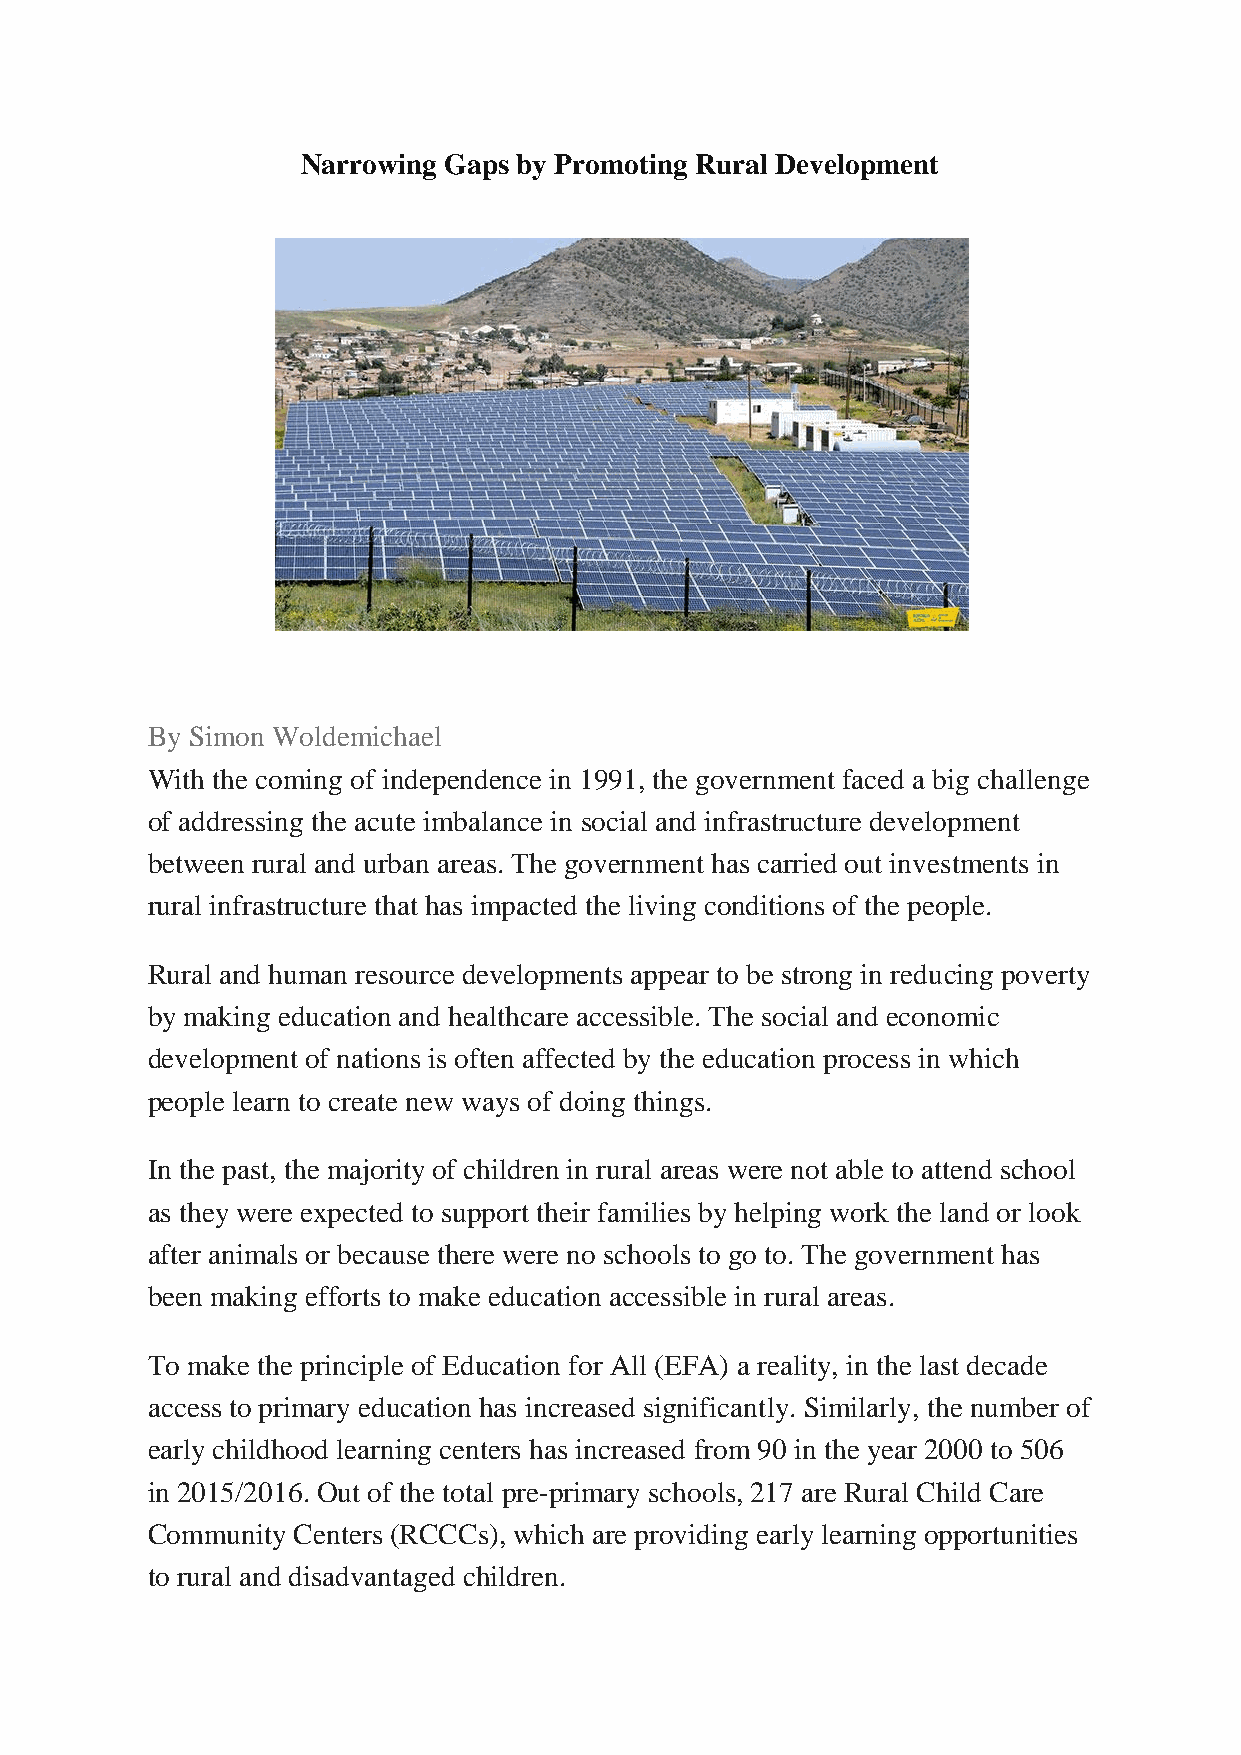
Narrowing Gaps by Promoting Rural Development
 GENERAL
 By Simon Woldemichael
 With the coming of independence in 1991, the government faced a big challenge
 of addressing the acute imbalance in social and infrastructure development
 between rural and urban areas. The government has carried out investments in
 rural infrastructure that has impacted the living conditions of the people.
 Rural and human resource developments appear to be strong in reducing poverty
 by making education and healthcare accessible. The social and economic
 development of nations is often affected by the education process in which
 people learn to create new ways of doing things.
 In the past, the majority of children in rural areas were not able to attend school
 as they were expected to support their families by helping work the land or look
 after animals or because there were no schools to go to. The government has
 been making efforts to make education accessible in rural areas.
 To make the principle of Education for All (EFA) a reality, in the last decade
 access to primary education has increased significantly. Similarly, the number of
 early childhood learning centers has increased from 90 in the year 2000 to 506
 in 2015/2016. Out of the total pre-primary schools, 217 are Rural Child Care
 Community Centers (RCCCs), which are providing early learning opportunities
 to rural and disadvantaged children.